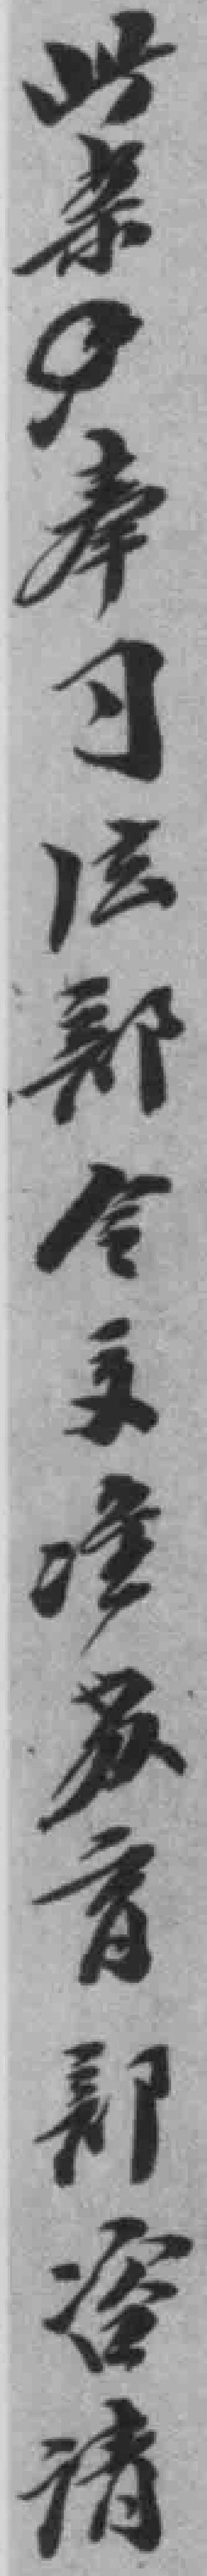
此案奉司法部令*育部咨请